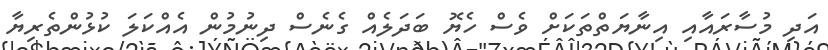
އަދި މުސާރައާއި އިނާޔަތްތަކަށް ވެސް ހެޔޮ ބަދަލެއް ގެނެސް ދިނުމުން އެއްކަލަ ކުޅުންތެރިޔާ